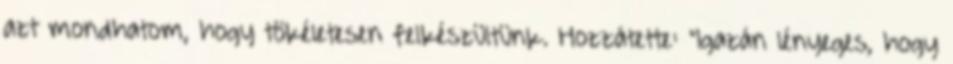
azt mondhatom, hogy tökéletesen felkészültünk. Hozzátette: "Igazán lényeges, hogy